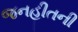
જનહીતની